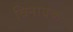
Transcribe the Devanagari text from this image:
विनायकः